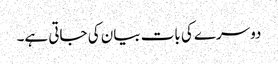
دوسرے کی بات بیان کی جاتی ہے۔